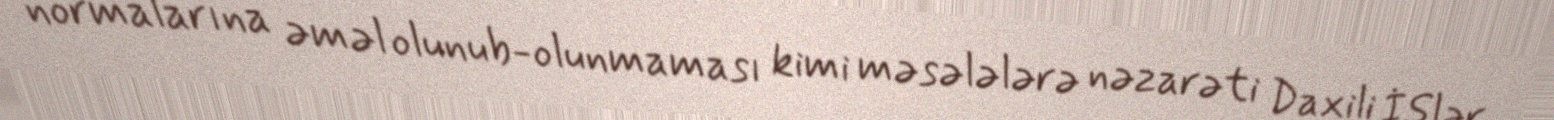
normalarına əməl olunub-olunmaması kimi məsələlərə nəzarəti Daxili İşlər